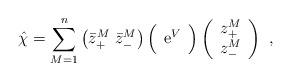
LaTeX: \begin{align*}\hat \chi=\sum_{M=1}^n \left( \bar{z}_{+}^M \,\, \bar{z}_{-}^M \right) \Big( \begin{array}{cc} {\rm e}^V \end{array} \Big)\left( \begin{array}{c} z_{+}^M \\ z_{-}^M \end{array} \right)\ , \end{align*}